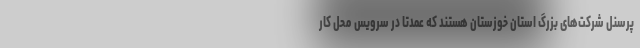
پرسنل شرکت‌های بزرگ استان خوزستان هستند که عمدتا در سرویس محل کار